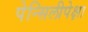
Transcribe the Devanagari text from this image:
पेन्सिलीपेक्षा